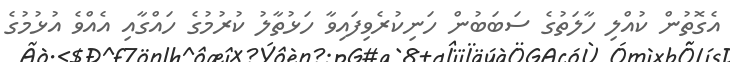
އެގޮތުން ކުއްލި ހާލަތުގެ ސަބަބުން ހަނިކުރެވިފައިވާ ހަޅުތާލު ކުރުމުގެ ހައްގާއި އެއްވެ އުޅުމުގެ